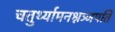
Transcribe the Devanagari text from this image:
चतुर्थ्यामनश्नञ्जपति